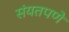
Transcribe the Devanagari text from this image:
संयतपणे